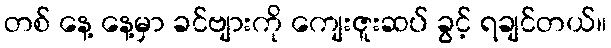
တစ် နေ့ နေ့မှာ ခင်ဗျားကို ကျေးဇူးဆပ် ခွင့် ရချင်တယ်။